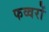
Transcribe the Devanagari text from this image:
फव्‍वरों